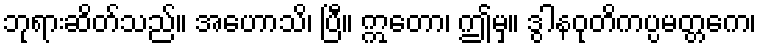
ဘုရားဆိတ်သည်။ အဟောသိ၊ ပြီ။ ဣတော၊ ဤမှ။ ဒွါနဝုတိကပ္ပမတ္တကေ၊